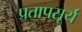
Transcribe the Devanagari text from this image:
प्रतापसूर्य